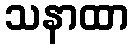
သနာထာ